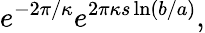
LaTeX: e^{-2\pi/\kappa}e^{2\pi\kappa s\ln(b/a)},